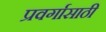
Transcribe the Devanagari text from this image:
प्रवर्गासाठी